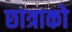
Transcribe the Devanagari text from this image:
छात्राको